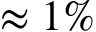
\approx 1 \%